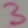
Text: 3